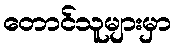
တောင်သူများမှာ